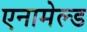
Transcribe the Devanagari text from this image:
एनामेल्ड